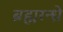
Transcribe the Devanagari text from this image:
ब्रह्मरन्ध्रे